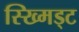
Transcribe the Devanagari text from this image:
स्ख्मिड्ट